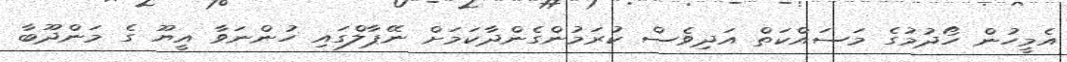
އެމީހުން ހޯދުމުގެ މަސައްކަތް އަދިވެސް ކުރަމުންގެންދާކަމަށް ނޭޕާލްގައި ހުންނަވާ އީޔޫ ގެ މަންދޫބާ